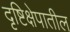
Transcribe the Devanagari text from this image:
दृष्टिक्षेपातील